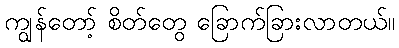
ကျွန်တော့် စိတ်တွေ ခြောက်ခြားလာတယ်။